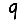
Digit: 9